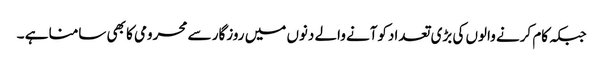
جبکہ کام کرنے والوں کی بڑی تعدادکوآنے والے دنوں میں روزگار سے محرومی کا بھی سامنا ہے ۔